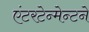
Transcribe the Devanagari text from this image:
एंटरटेन्मेन्टने